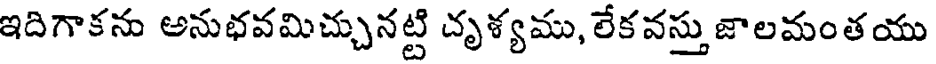
ఇదిగాకను అనుభవమిచ్చునట్టి దృశ్యము, లేకవస్తు జాలమంతయు